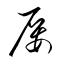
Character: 屡